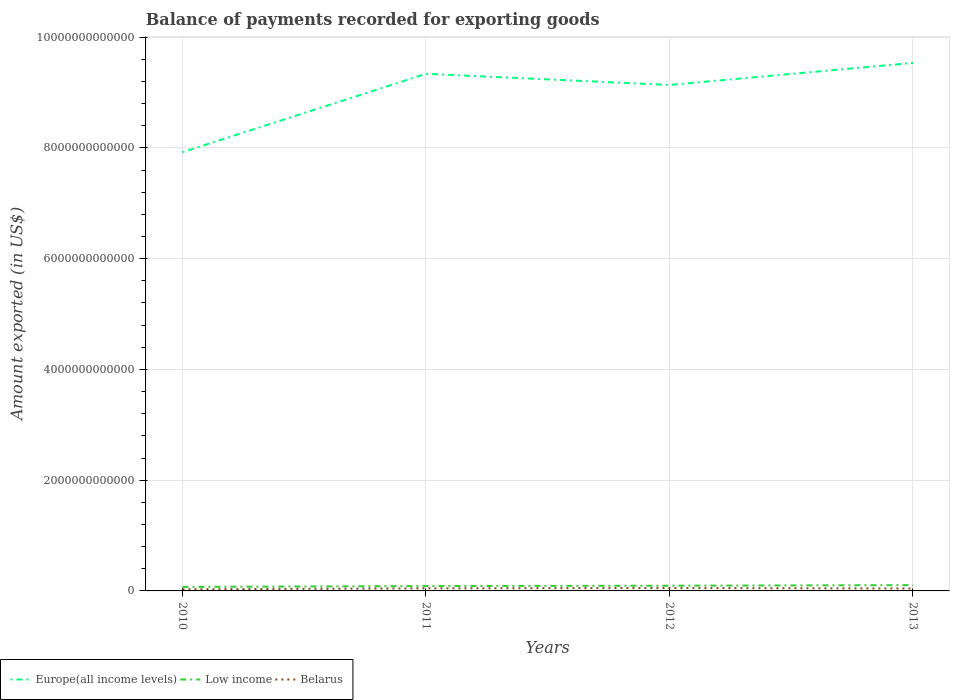
| Years | Europe(all income levels) | Low income | Belarus |
 | --- | --- | --- | --- |
 | 2010 | 7.92e+12 | 7.24e+10 | 2.93e+10 |
 | 2011 | 9.34e+12 | 8.77e+10 | 4.65e+10 |
 | 2012 | 9.14e+12 | 9.42e+10 | 5.19e+10 |
 | 2013 | 9.54e+12 | 1.05e+11 | 4.4e+10 |